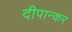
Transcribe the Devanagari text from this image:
दीपान्कर